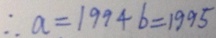
\therefore a = 1 9 9 4 b = 1 9 9 5